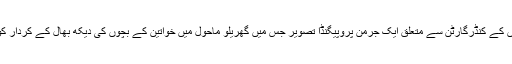
جرمن نوزائیدہ بچوں کے کنڈرگارٹن سے متعلق ایک جرمن پروپیگنڈا تصویر جس میں گھریلو ماحول میں خواتین کے بچوں کی دیکھ بھال کے کردار کو اجاگر کیا گیا ہے۔